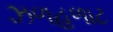
ઝળહળાટ